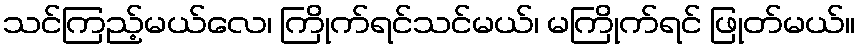
သင်ကြည့်မယ်လေ၊ ကြိုက်ရင်သင်မယ်၊ မကြိုက်ရင် ဖြုတ်မယ်။